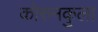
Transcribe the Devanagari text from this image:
कोरुनकुला